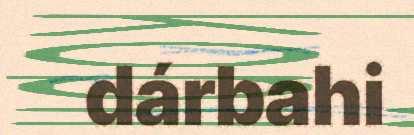
dárbahi